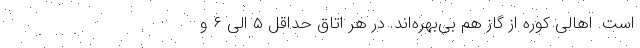
است. اهالی کوره از گاز هم بی‌بهره‌اند. در هر اتاق حداقل ۵ الی ۶ و